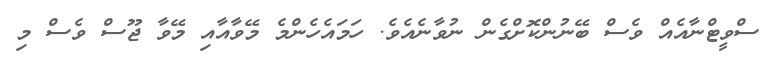
ސްވީޓްނާއެއް ވެސް ބޭނުންކޮށްގެން ނުވާނެއެވެ. ހަމައެހެންމެ މޭވާއާއި މޭވާ ޖޫސް ވެސް މި